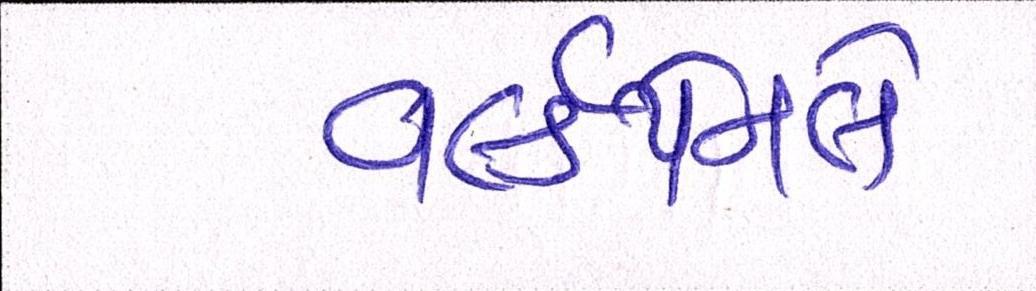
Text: વર્લ્ડપેનલે